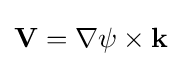
\mathbf {V} =\nabla \psi \times \mathbf {k}